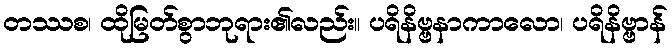
တဿစ၊ ထိုမြတ်စွာဘုရား၏လည်း။ ပရိနိဗ္ဗနာကာလော၊ ပရိနိဗ္ဗာန်